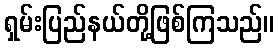
ရှမ်းပြည်နယ်တို့ဖြစ်ကြသည်။